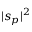
| s _ { p } | ^ { 2 }